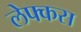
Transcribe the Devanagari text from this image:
लेफ्कस